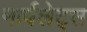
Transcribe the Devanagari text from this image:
मार्वलेट्स